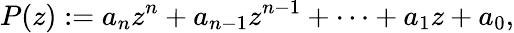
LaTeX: P(z):=a_{n}z^{n}+a_{n-1}z^{n-1}+\cdots+a_{1}z+a_{0},